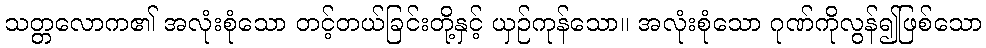
သတ္တလောက၏ အလုံးစုံသော တင့်တယ်ခြင်းတို့နှင့် ယှဉ်ကုန်သော။ အလုံးစုံသော ဂုဏ်ကိုလွန်၍ဖြစ်သော